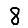
Digit: 8